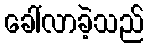
ခေါ်လာခဲ့သည်